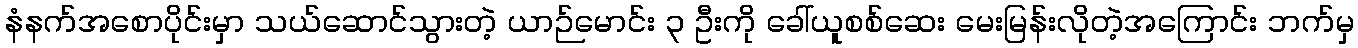
နံနက်အစောပိုင်းမှာ သယ်ဆောင်သွားတဲ့ ယာဉ်မောင်း ၃ ဦးကို ခေါ်ယူစစ်ဆေး မေးမြန်းလိုတဲ့အကြောင်း ဘက်မှ